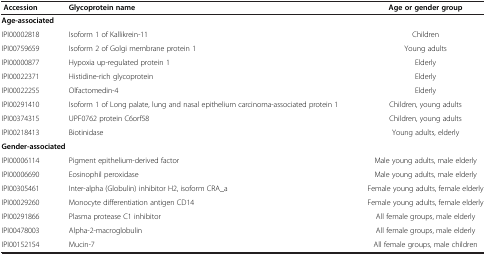
| Accession | Glycoprotein name | Age or gender group |
 | --- | --- | --- |
 | <COLSPAN=2> Age-associated |  |
 | IPI00002818 | Isoform 1 of Kallikrein-11 | Children |
 | IPI00759659 | Isoform 2 of Golgi membrane protein 1 | Young adults |
 | IPI00000877 | Hypoxia up-regulated protein 1 | Elderly |
 | IPI00022371 | Histidine-rich glycoprotein | Elderly |
 | IPI00022255 | Olfactomedin-4 | Elderly |
 | IPI00291410 | Isoform 1 of Long palate, lung and nasal epithelium carcinoma-associated protein 1 | Children, young adults |
 | IPI00374315 | UPF0762 protein C6orf58 | Children, young adults |
 | IPI00218413 | Biotinidase | Young adults, elderly |
 | <COLSPAN=2> Gender-associated |  |
 | IPI00006114 | Pigment epithelium-derived factor | Male young adults, male elderly |
 | IPI00006690 | Eosinophil peroxidase | Male young adults, male elderly |
 | IPI00305461 | Inter-alpha (Globulin) inhibitor H2, isoform CRA_a | Female young adults, female elderly |
 | IPI00029260 | Monocyte differentiation antigen CD14 | Female young adults, female elderly |
 | IPI00291866 | Plasma protease C1 inhibitor | All female groups, male elderly |
 | IPI00478003 | Alpha-2-macroglobulin | All female groups, male elderly |
 | IPI00152154 | Mucin-7 | All female groups, male children |